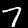
Digit: 7